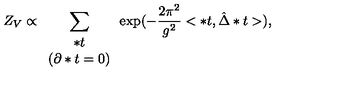
Z _ { V } \propto \sum _ { \begin{array} { c } { * t } \\ { \left( \partial * t = 0 \right) } \\ \end{array} } \exp ( - \frac { 2 \pi ^ { 2 } } { g ^ { 2 } } < * t , \hat { \Delta } * t > ) ,